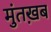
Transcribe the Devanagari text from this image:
मुंतख़ब